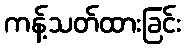
ကန့်သတ်ထားခြင်း